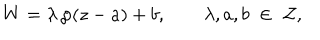
W = \lambda \, \wp ( z - a ) + b , \qquad \lambda , a , b \; \in \; { \cal Z } ,